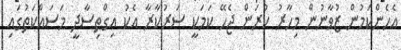
އެހެންކަމުން ޒުވާނުން މިހާރު ކުރަން ޖެހޭ ކަމަކީ ސަރުކާރާ އެކު އިގްތިސާދީ މަސައްކަތުގައި